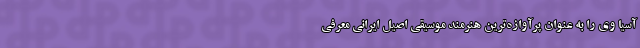
آسیا وی را به‌ عنوان پرآوازه‌ترین هنرمند موسیقی اصیل ایرانی معرفی